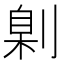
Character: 㓷